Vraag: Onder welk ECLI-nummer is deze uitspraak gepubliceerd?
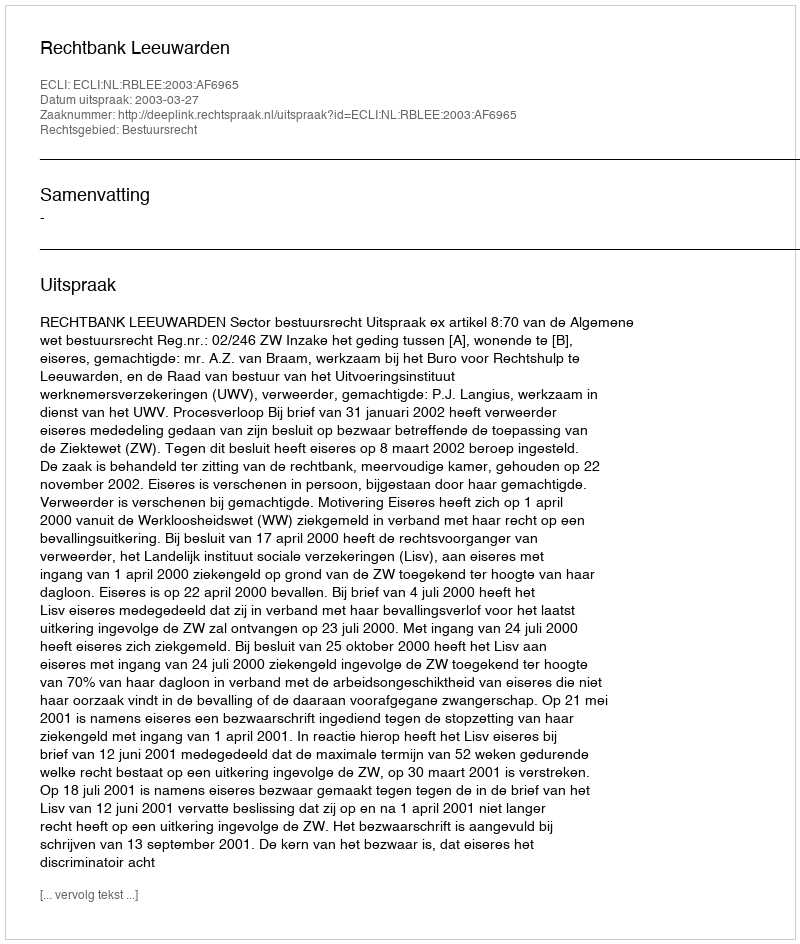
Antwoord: ECLI:NL:RBLEE:2003:AF6965